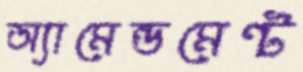
অ্যামেন্ডমেন্ট